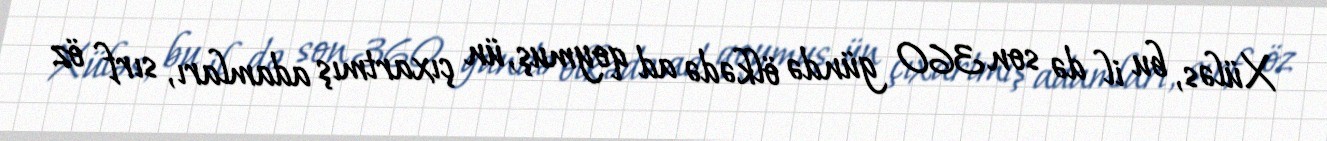
Xüləs, bu il də son 360 gündə ölkədə ad qoymuş, ün çıxartmış adamları, sırf öz